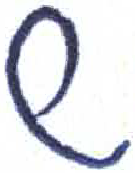
אות: ש